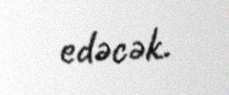
edəcək.